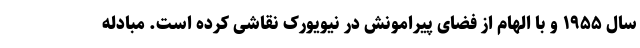
سال ۱۹۵۵ و با الهام از فضای پیرامونش در نیویورک نقاشی کرده است. مبادله